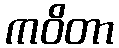
ကဝိတာ